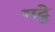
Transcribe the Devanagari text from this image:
गट्ठे